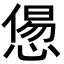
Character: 𢞫